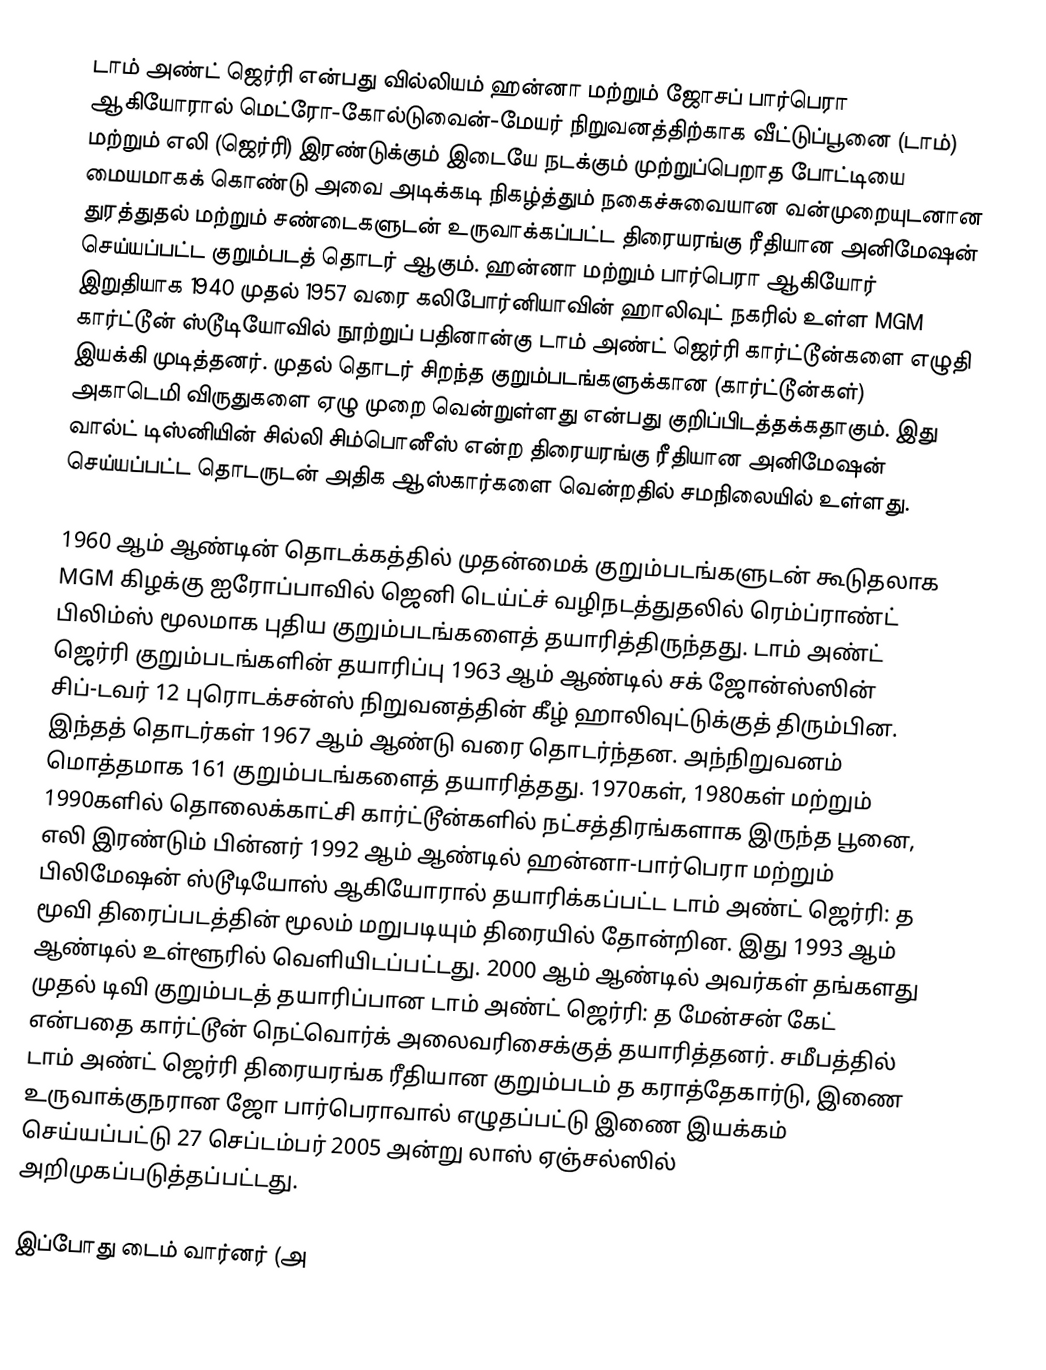
டாம் அண்ட் ஜெர்ரி  என்பது வில்லியம் ஹன்னா மற்றும் ஜோசப் பார்பெரா ஆகியோரால் மெட்ரோ-கோல்டுவைன்-மேயர் நிறுவனத்திற்காக வீட்டுப்பூனை (டாம்) மற்றும் எலி (ஜெர்ரி) இரண்டுக்கும் இடையே நடக்கும் முற்றுப்பெறாத போட்டியை மையமாகக் கொண்டு அவை அடிக்கடி நிகழ்த்தும் நகைச்சுவையான வன்முறையுடனான துரத்துதல் மற்றும் சண்டைகளுடன் உருவாக்கப்பட்ட திரையரங்கு ரீதியான அனிமேஷன் செய்யப்பட்ட குறும்படத் தொடர் ஆகும். ஹன்னா மற்றும் பார்பெரா ஆகியோர் இறுதியாக 1940 முதல் 1957 வரை கலிபோர்னியாவின் ஹாலிவுட் நகரில் உள்ள MGM கார்ட்டூன் ஸ்டூடியோவில் நூற்றுப் பதினான்கு டாம் அண்ட் ஜெர்ரி கார்ட்டூன்களை எழுதி இயக்கி முடித்தனர். முதல் தொடர் சிறந்த குறும்படங்களுக்கான (கார்ட்டூன்கள்) அகாடெமி விருதுகளை ஏழு முறை வென்றுள்ளது என்பது குறிப்பிடத்தக்கதாகும். இது வால்ட் டிஸ்னியின் சில்லி சிம்பொனீஸ் என்ற திரையரங்கு ரீதியான அனிமேஷன் செய்யப்பட்ட தொடருடன் அதிக ஆஸ்கார்களை வென்றதில் சமநிலையில் உள்ளது.

1960 ஆம் ஆண்டின் தொடக்கத்தில் முதன்மைக் குறும்படங்களுடன் கூடுதலாக MGM கிழக்கு ஐரோப்பாவில் ஜெனி டெய்ட்ச் வழிநடத்துதலில் ரெம்ப்ராண்ட் பிலிம்ஸ் மூலமாக புதிய குறும்படங்களைத் தயாரித்திருந்தது. டாம் அண்ட் ஜெர்ரி குறும்படங்களின் தயாரிப்பு 1963 ஆம் ஆண்டில் சக் ஜோன்ஸ்ஸின் சிப்-டவர் 12 புரொடக்சன்ஸ் நிறுவனத்தின் கீழ் ஹாலிவுட்டுக்குத் திரும்பின. இந்தத் தொடர்கள் 1967 ஆம் ஆண்டு வரை தொடர்ந்தன. அந்நிறுவனம் மொத்தமாக 161 குறும்படங்களைத் தயாரித்தது. 1970கள், 1980கள் மற்றும் 1990களில் தொலைக்காட்சி கார்ட்டூன்களில் நட்சத்திரங்களாக இருந்த பூனை, எலி இரண்டும் பின்னர் 1992 ஆம் ஆண்டில் ஹன்னா-பார்பெரா மற்றும் பிலிமேஷன் ஸ்டூடியோஸ் ஆகியோரால் தயாரிக்கப்பட்ட டாம் அண்ட் ஜெர்ரி: த மூவி திரைப்படத்தின் மூலம் மறுபடியும் திரையில் தோன்றின. இது 1993 ஆம் ஆண்டில் உள்ளூரில் வெளியிடப்பட்டது. 2000 ஆம் ஆண்டில் அவர்கள் தங்களது முதல் டிவி குறும்படத் தயாரிப்பான டாம் அண்ட் ஜெர்ரி: த மேன்சன் கேட் என்பதை கார்ட்டூன் நெட்வொர்க் அலைவரிசைக்குத் தயாரித்தனர். சமீபத்தில் டாம் அண்ட் ஜெர்ரி திரையரங்க ரீதியான குறும்படம் த கராத்தேகார்டு, இணை உருவாக்குநரான ஜோ பார்பெராவால் எழுதப்பட்டு இணை இயக்கம் செய்யப்பட்டு 27 செப்டம்பர் 2005 அன்று லாஸ் ஏஞ்சல்ஸில் அறிமுகப்படுத்தப்பட்டது.

இப்போது டைம் வார்னர் (அ